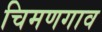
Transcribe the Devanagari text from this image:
चिमणगाव